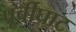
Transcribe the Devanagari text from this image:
पूर्वीघाट